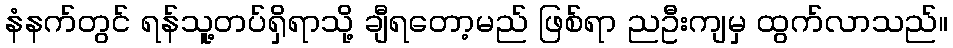
နံနက်တွင် ရန်သူ့တပ်ရှိရာသို့ ချီရတော့မည် ဖြစ်ရာ ညဦးကျမှ ထွက်လာသည်။